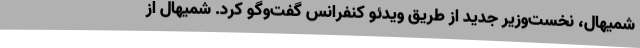
شمیهال، نخست‌وزیر جدید از طریق ویدئو کنفرانس گفت‌وگو کرد. شمیهال از